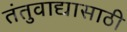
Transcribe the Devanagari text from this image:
तंतुवाद्यासाठी